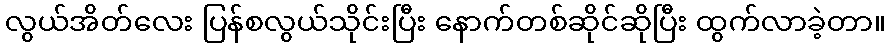
လွယ်အိတ်လေး ပြန်စလွယ်သိုင်းပြီး နောက်တစ်ဆိုင်ဆိုပြီး ထွက်လာခဲ့တာ။